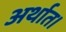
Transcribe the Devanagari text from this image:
अर्थात।